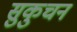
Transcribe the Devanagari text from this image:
सुकुचन